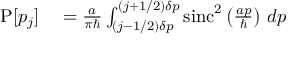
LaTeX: \begin{array} { r l } { \operatorname { P } [ p _ { j } ] } & { { } = { \frac { a } { \pi \hbar } } \int _ { ( j - 1 / 2 ) \delta p } ^ { ( j + 1 / 2 ) \delta p } \operatorname { s i n c } ^ { 2 } \left( { \frac { a p } { \hbar } } \right) \, d p } \end{array}